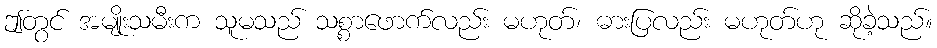
ဤတွင် အမျိုးသမီးက သူမသည် သစ္စာဖောက်လည်း မဟုတ်၊ ဓားပြလည်း မဟုတ်ဟု ဆိုခဲ့သည်။